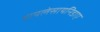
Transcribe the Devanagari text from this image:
थायलेसायनिडाए